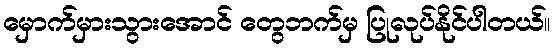
မှောက်မှားသွားအောင် တွေဘက်မှ ပြုလုပ်နိုင်ပါတယ်။